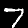
Digit: 7